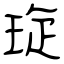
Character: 琁